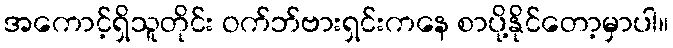
အကောင့်ရှိသူတိုင်း ဝက်ဘ်ဗားရှင်းကနေ စာပို့နိုင်တော့မှာပါ။